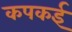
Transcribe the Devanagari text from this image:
कपकई